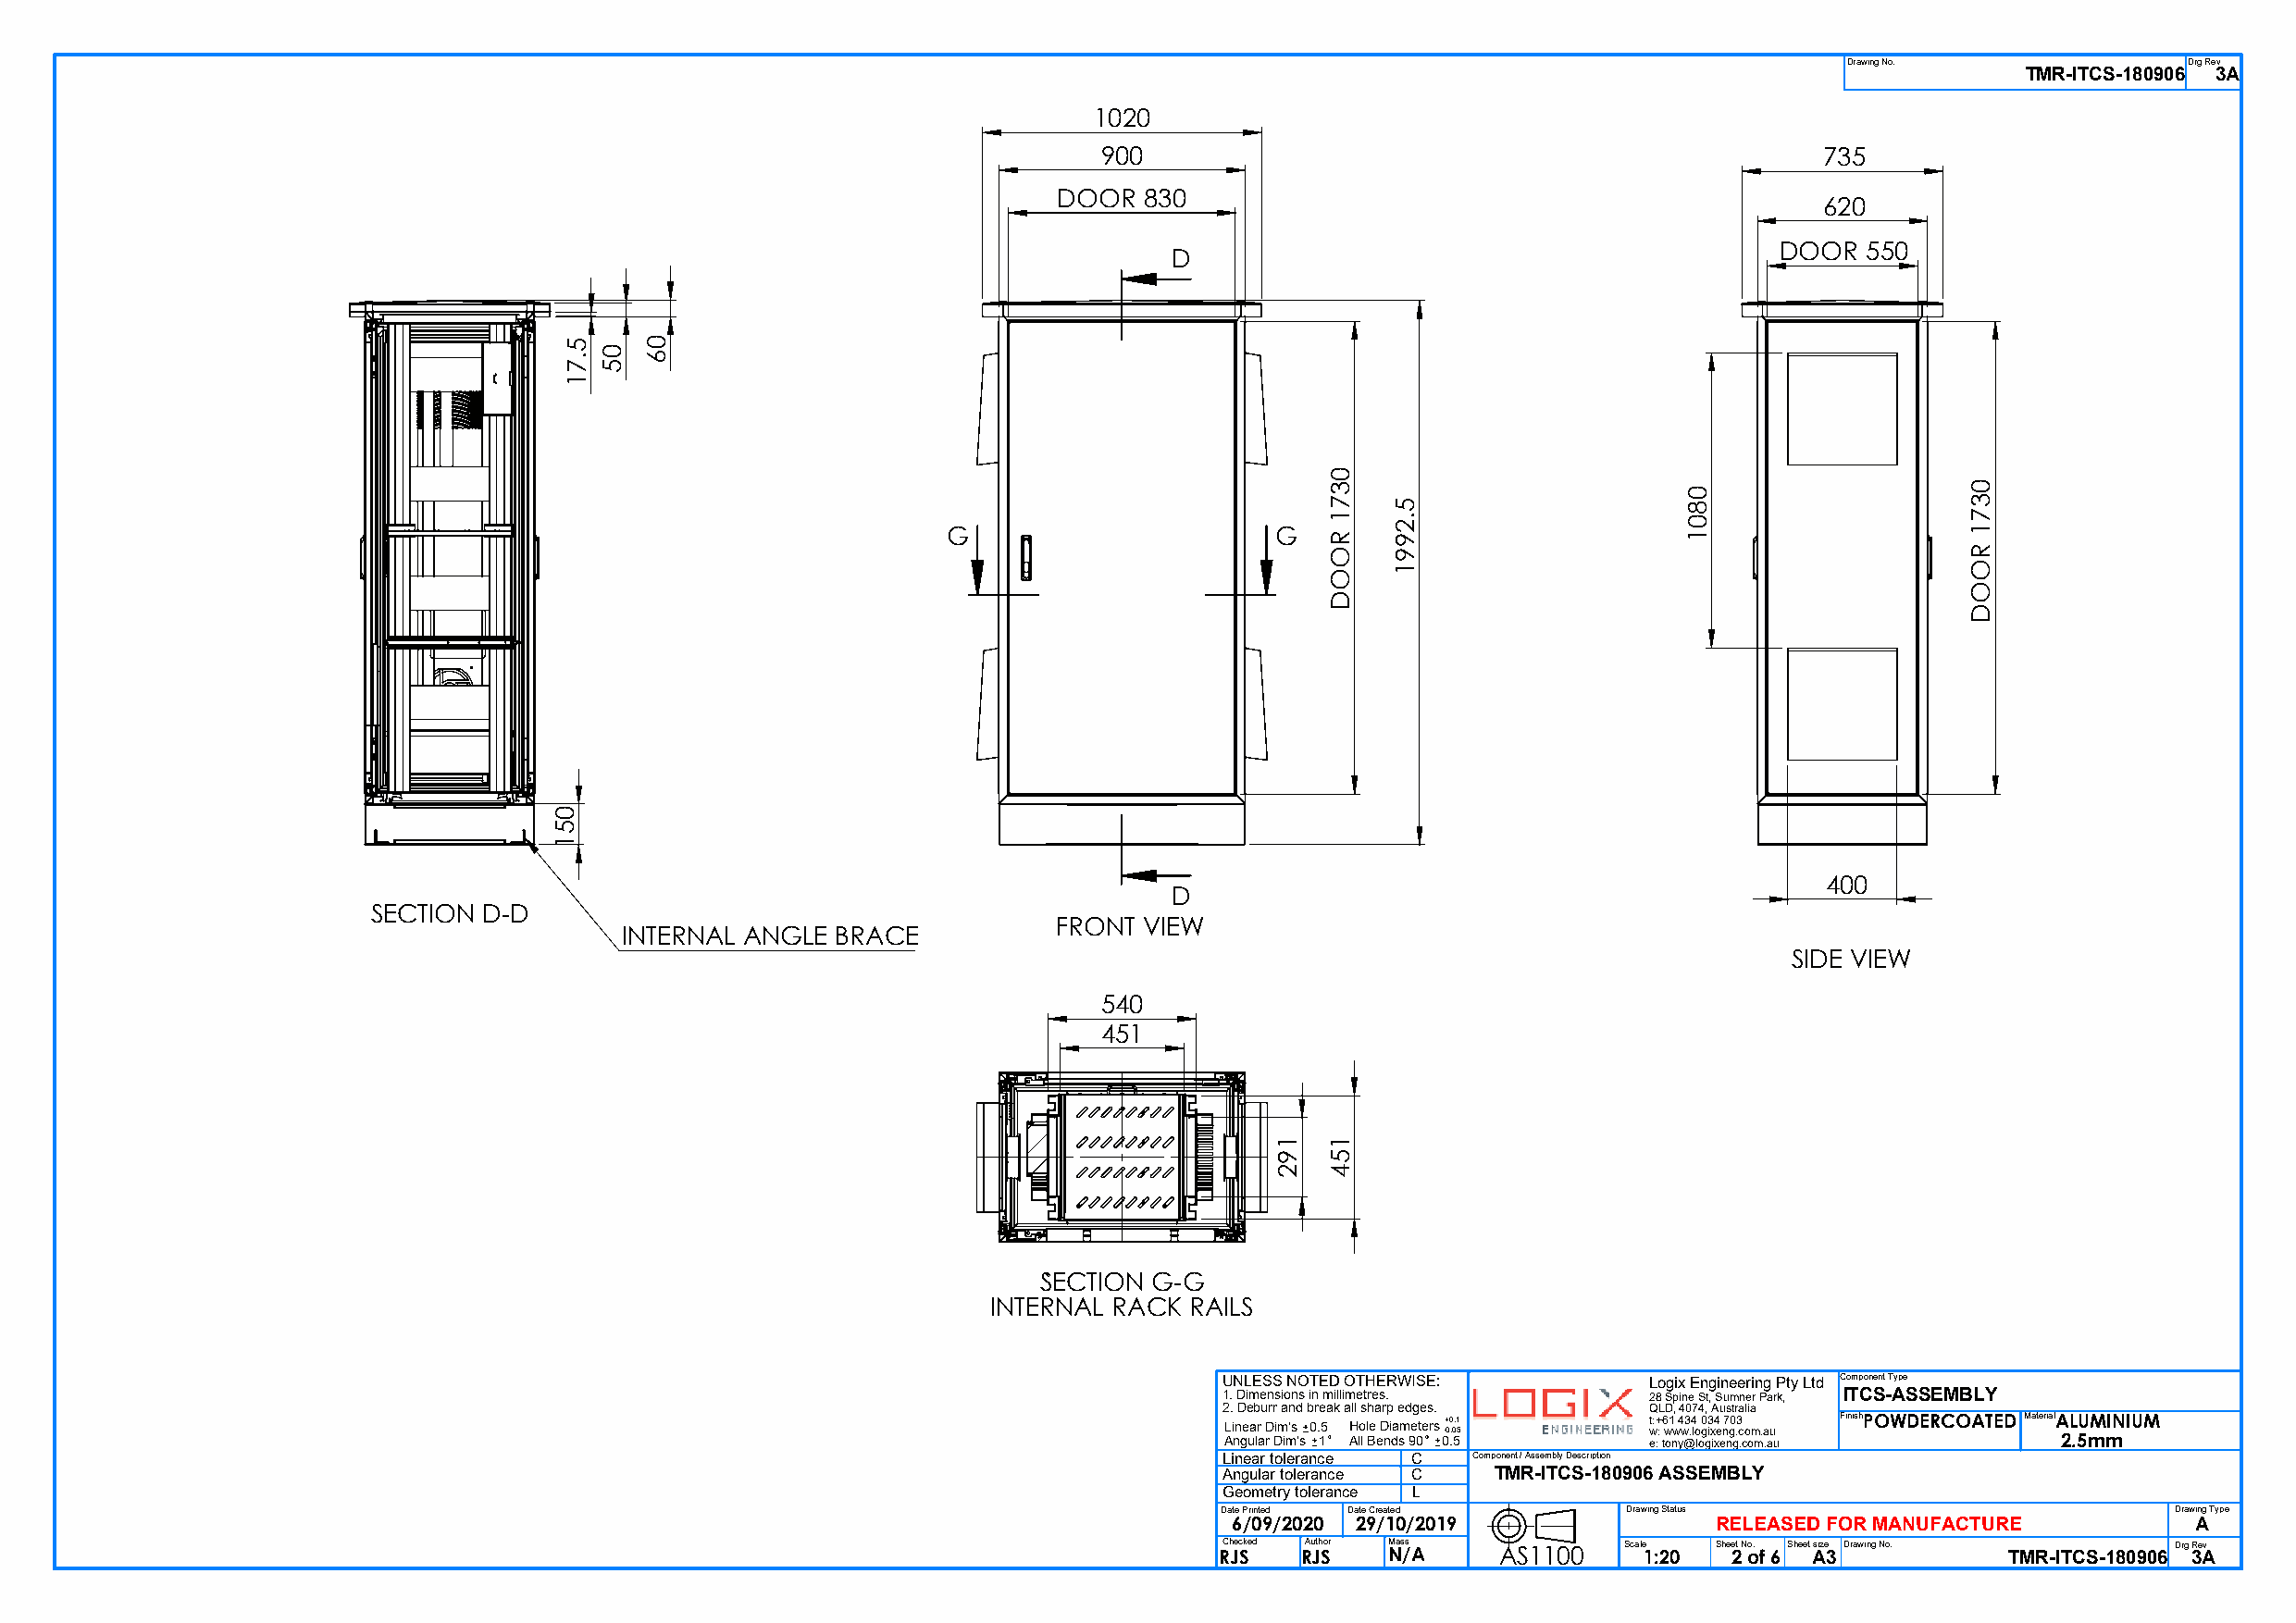
Drawing No.             Drg Rev
 TMR-ITCS-180906 3A
 1020
 900                                                735
 DOOR  830
 620
 DOOR  550
 D
 G                      G
 400
 D
 SECTION D-D
 FRONT VIEW
 INTERNAL ANGLE  BRACE
 SIDE VIEW
 540
 451
 S`ECTION G-G
 INTERNAL RACK RAILS
 UNLESS NOTED OTHERWISE:        Logix Engineering Pty Ltd Component Type
 1. Dimensions in millimetres.  28 Spine St, Sumner Park, ITCS-ASSEMBLY
 2. Deburr and break all sharp edges. QLD, 4074, Australia
 Linear Dim's 0.5 Hole Diameters -+ 00 .0.1 5 t w:+ : 6 w1 w 4 w3 .4 lo 0 g3 ix4 e n7 g0 .3 com.au FinishPOWDERCOATED MaterialALUMINIUM
 Angular Dim's 1 All Bends 90 0.5 e: tony@logixeng.com.au   2.5mm
 Linear tolerance C Component / Assembly Description
 Angular tolerance C TMR-ITCS-180906 ASSEMBLY
 Geometry tolerance L
 Date Printed Date Created    Drawing Status                          Drawing Type
 6/09/2020 29/10/2019               RELEASED FOR MANUFACTURE          A
 RCh Jec Sked RAu Jth Sor M Nas /s A AS1100 Scale 1:20 Shee 2t N o o. f 6 Sheet Asize 3 Drawing No. TMR-ITCS-180906 Drg 3Re Av
 051
 5.71
 05
 06
 192
 0371
 ROOD
 154
 5.2991
 0801
 0371
 ROOD